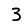
Digit: 3